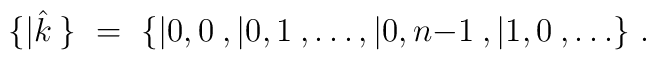
\bigl\{ |\hat{k}\> \bigr\}\ =\ \bigl\{ |0,0\>,|0,1\>,\ldots,|0,n{-}1\>,|1,0\>,\ldots\bigr\}\ .